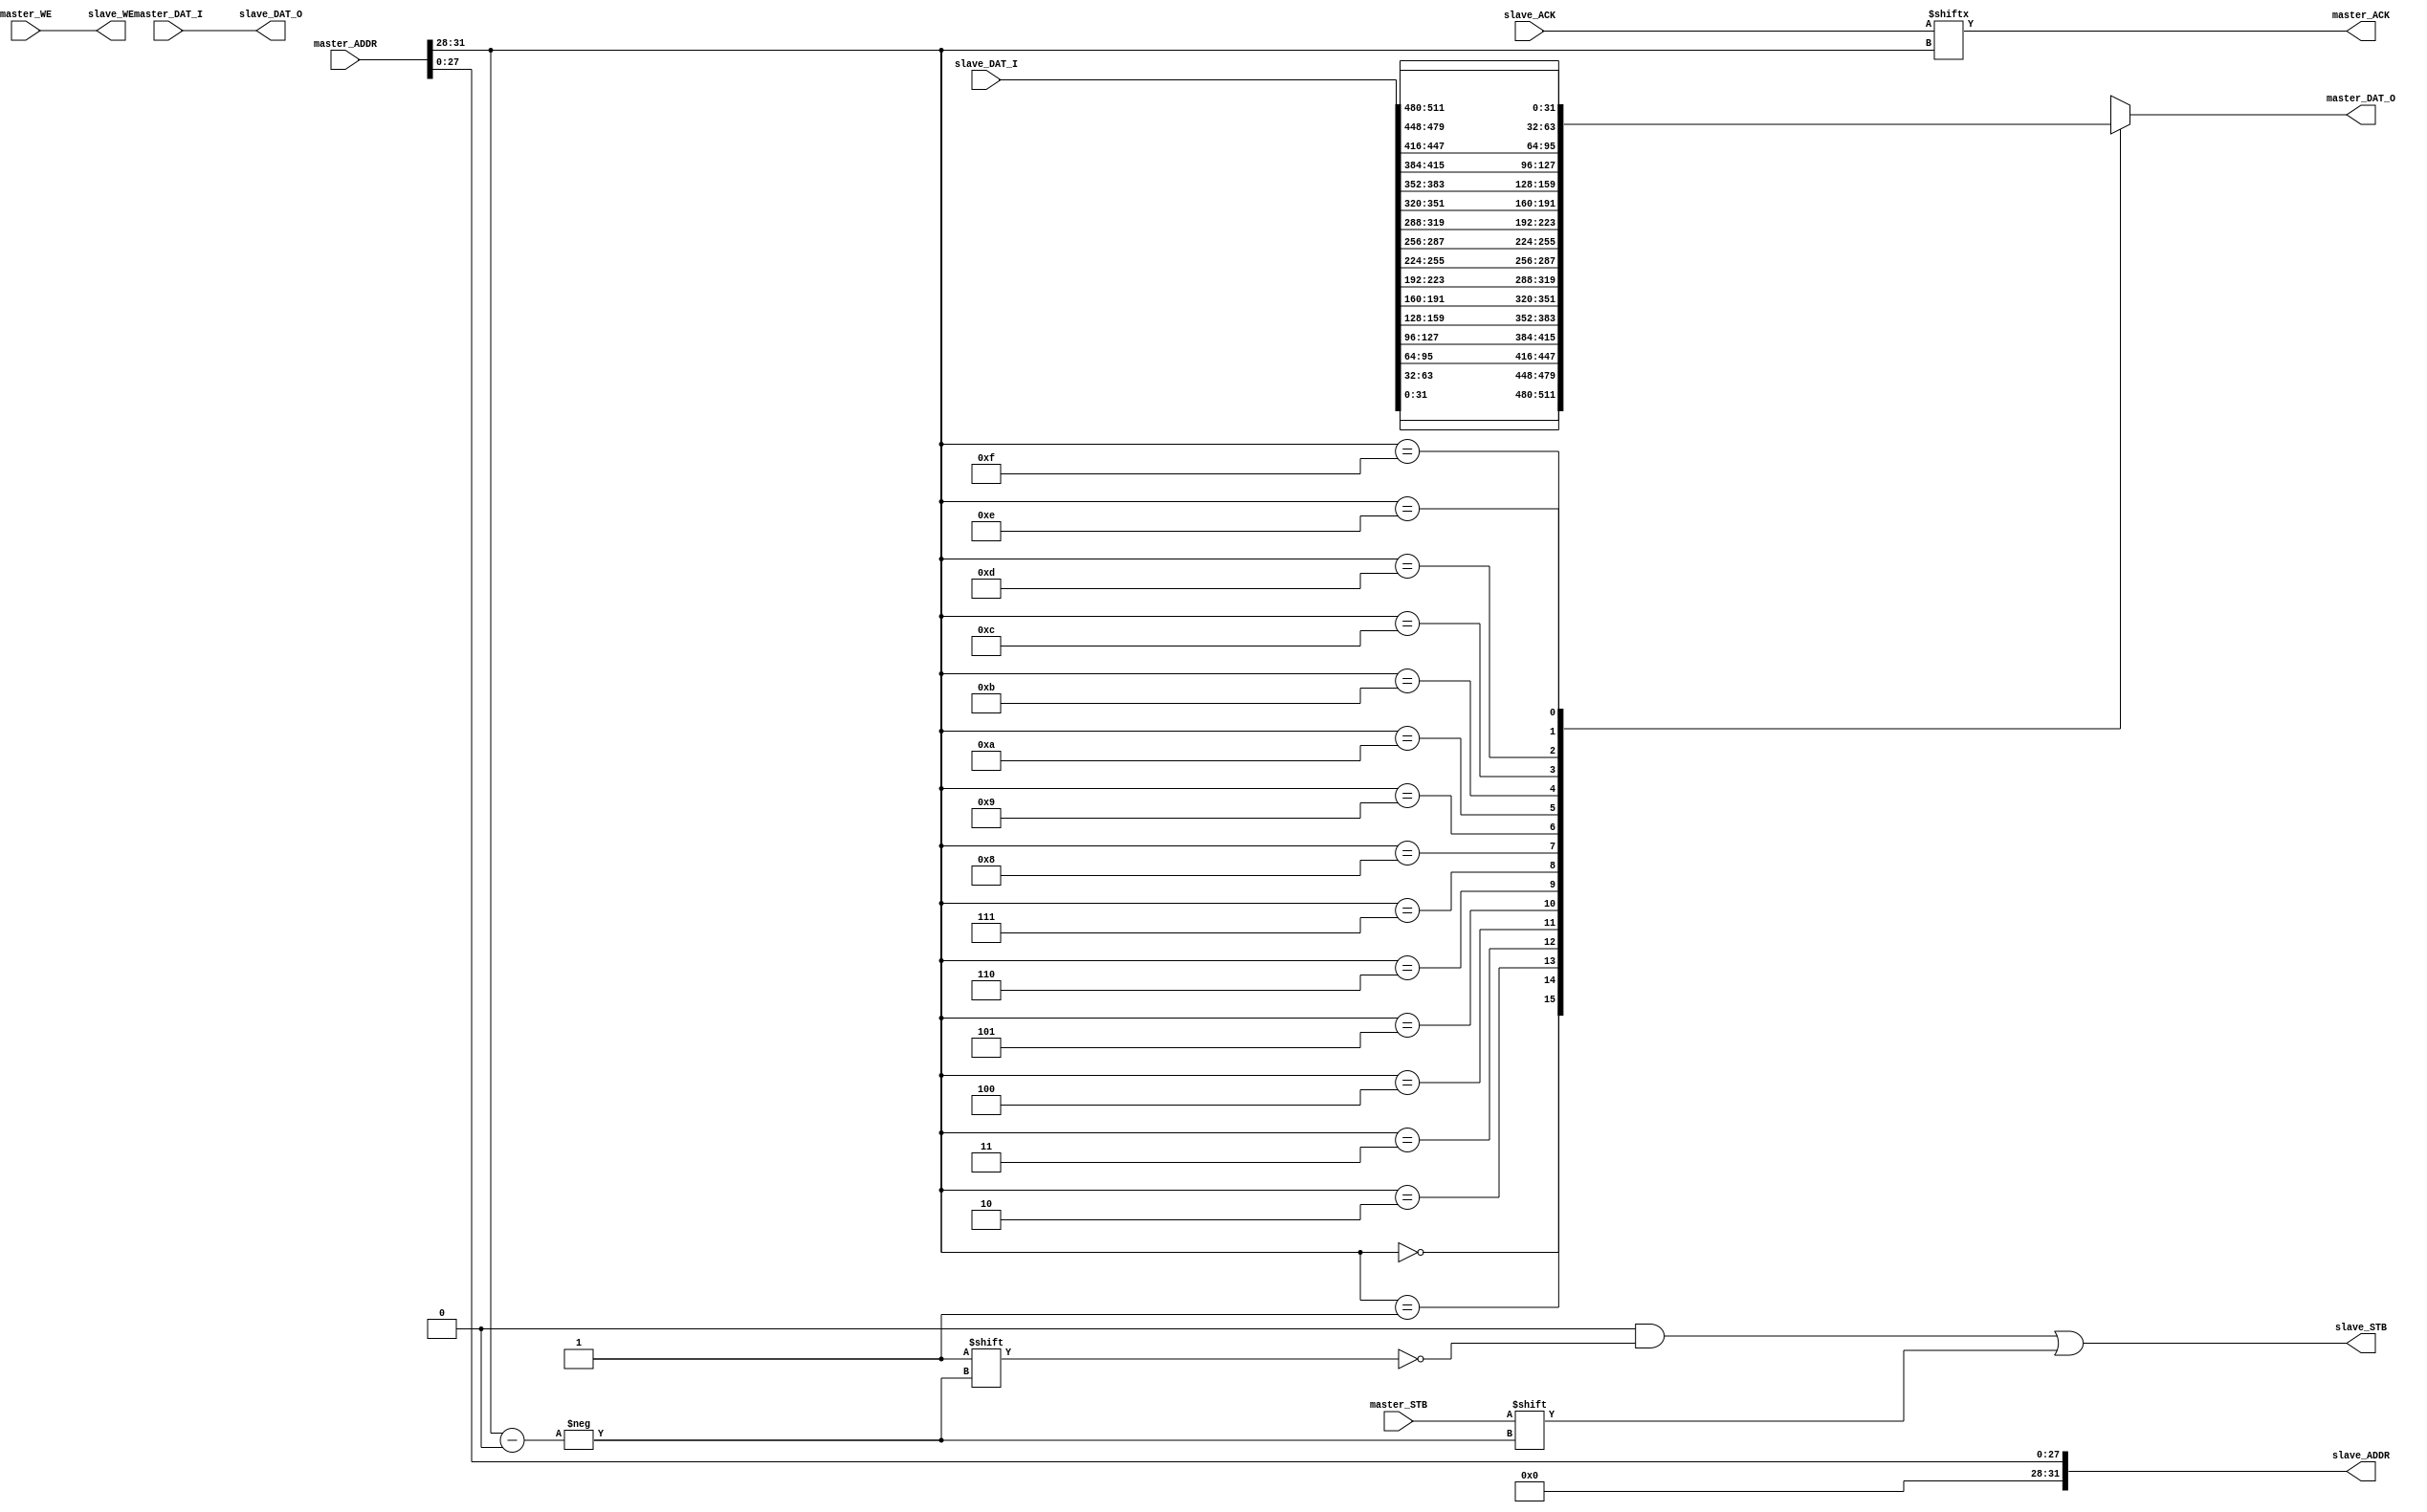
module WB_intercon(master_STB, master_DAT_I, master_DAT_O, master_ACK, master_WE, master_ADDR, slave_STB, slave_ACK, slave_WE, slave_DAT_I, slave_DAT_O, slave_ADDR);
    input wire master_STB, master_WE;
    input wire [31: 0] master_DAT_I, master_ADDR;
    input wire [511: 0] slave_DAT_I;
    input wire [15: 0] slave_ACK;
    output wire [31: 0] master_DAT_O, slave_DAT_O, slave_ADDR;
    output reg [15: 0] slave_STB;
    output wire master_ACK, slave_WE;

    assign master_ACK = slave_ACK[master_ADDR[31: 28]];
    assign slave_DAT_O = master_DAT_I;
    assign slave_WE = master_WE;

    wire [31: 0] slaves_DAT[0: 15];

    // generated code
    assign slaves_DAT[0] = slave_DAT_I[31: 0];
    assign slaves_DAT[1] = slave_DAT_I[63: 32];
    assign slaves_DAT[2] = slave_DAT_I[95: 64];
    assign slaves_DAT[3] = slave_DAT_I[127: 96];
    assign slaves_DAT[4] = slave_DAT_I[159: 128];
    assign slaves_DAT[5] = slave_DAT_I[191: 160];
    assign slaves_DAT[6] = slave_DAT_I[223: 192];
    assign slaves_DAT[7] = slave_DAT_I[255: 224];
    assign slaves_DAT[8] = slave_DAT_I[287: 256];
    assign slaves_DAT[9] = slave_DAT_I[319: 288];
    assign slaves_DAT[10] = slave_DAT_I[351: 320];
    assign slaves_DAT[11] = slave_DAT_I[383: 352];
    assign slaves_DAT[12] = slave_DAT_I[415: 384];
    assign slaves_DAT[13] = slave_DAT_I[447: 416];
    assign slaves_DAT[14] = slave_DAT_I[479: 448];
    assign slaves_DAT[15] = slave_DAT_I[511: 480]; 

    assign master_DAT_O = slaves_DAT[master_ADDR[31: 28]];
    assign slave_ADDR = {4'b0, master_ADDR[27: 0]};

    always @* begin
        slave_STB = 0;
        slave_STB[master_ADDR[31: 28]] = master_STB;
    end

endmodule